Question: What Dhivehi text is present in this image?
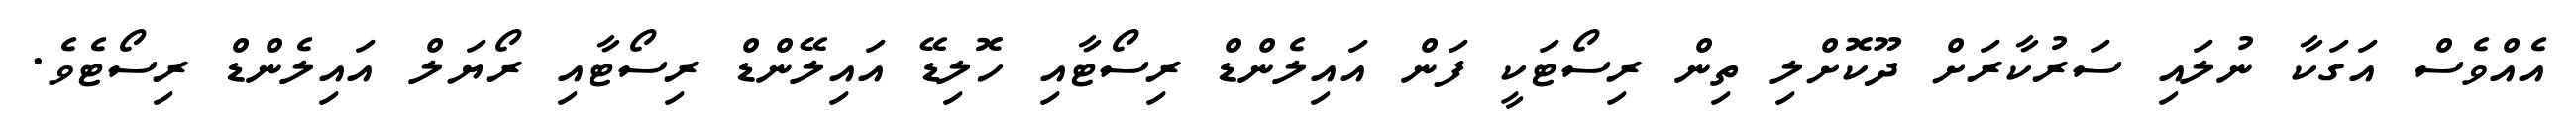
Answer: އެއްވެސް އަގަކާ ނުލައި ސަރުކާރަށް ދޫކޮށްލި ތިން ރިސޯޓަކީ ފަން އައިލެންޑް ރިސޯޓާއި ހޮލިޑޭ އައިލޭންޑް ރިސޯޓާއި ރޯޔަލް އައިލެންޑް ރިސޯޓެވެ.